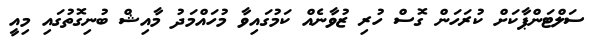
ސަލްޓަންޕާކަށް ކުރަހަން ގޮސް ހުރި ޒުވާނެއް ކަމުގައިވާ މުހައްމަދު މާއިޝް ބުނިގޮތުގައި މިއީ